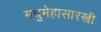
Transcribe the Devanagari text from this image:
मधुमेहासारखी